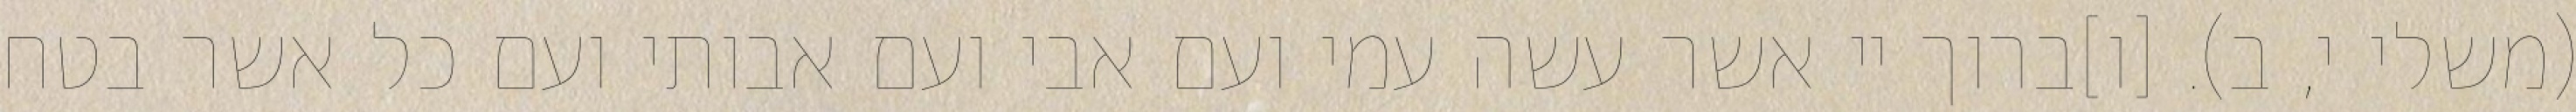
(משלי י, ב). [ו]ברוך יי אשר עשה עמי ועם אבי ועם אבותי ועם כל אשר בטח